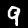
Label: 9